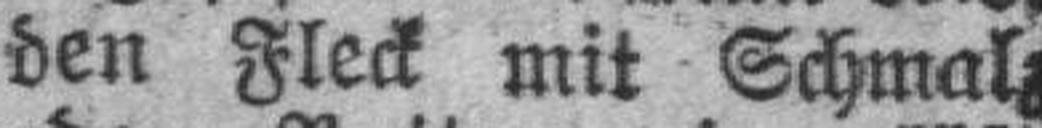
den Fleck mit Schmal